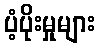
ပံ့ပိုးမှုများ